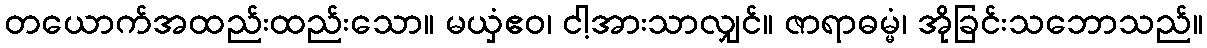
တယောက်အထည်းထည်းသော။ မယှံဧဝ၊ ငါ့အားသာလျှင်။ ဇာရာဓမ္မံ၊ အိုခြင်းသဘောသည်။